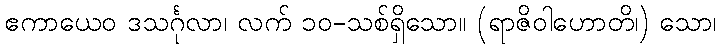
ဧကာယေဝ ဒသင်္ဂုလာ၊ လက် ၁၀-သစ်ရှိသော။ (ရာဇိဝါဟောတိ၊) သော၊